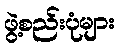
ဖွဲ့စည်းပုံများ